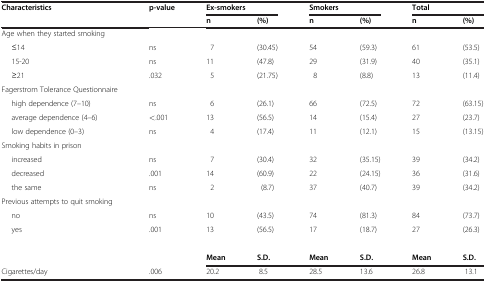
| Characteristics | p-value | <COLSPAN=2> Ex-smokers | <COLSPAN=2> Smokers | <COLSPAN=2> Total |
 |  |  | n | (%) | n | (%) | n | (%) |
 | --- | --- | --- | --- | --- | --- | --- | --- |
 | <COLSPAN=8> Age when they started smoking |
 | ≤14 | ns | 7 | (30.45) | 54 | (59.3) | 61 | (53.5) |
 | 15-20 | ns | 11 | (47.8) | 29 | (31.9) | 40 | (35.1) |
 | ≥21 | .032 | 5 | (21.75) | 8 | (8.8) | 13 | (11.4) |
 | <COLSPAN=8> Fagerstrom Tolerance Questionnaire |
 | high dependence (7–10) | ns | 6 | (26.1) | 66 | (72.5) | 72 | (63.15) |
 | average dependence (4–6) | <.001 | 13 | (56.5) | 14 | (15.4) | 27 | (23.7) |
 | low dependence (0–3) | ns | 4 | (17.4) | 11 | (12.1) | 15 | (13.15) |
 | <COLSPAN=8> Smoking habits in prison |
 | increased | ns | 7 | (30.4) | 32 | (35.15) | 39 | (34.2) |
 | decreased | .001 | 14 | (60.9) | 22 | (24.15) | 36 | (31.6) |
 | the same | ns | 2 | (8.7) | 37 | (40.7) | 39 | (34.2) |
 | <COLSPAN=8> Previous attempts to quit smoking |
 | no | ns | 10 | (43.5) | 74 | (81.3) | 84 | (73.7) |
 | yes | .001 | 13 | (56.5) | 17 | (18.7) | 27 | (26.3) |
 |  |  |  |  |  |  |  |  |
 |  |  | Mean | S.D. | Mean | S.D. | Mean | S.D. |
 | Cigarettes/day | .006 | 20.2 | 8.5 | 28.5 | 13.6 | 26.8 | 13.1 |